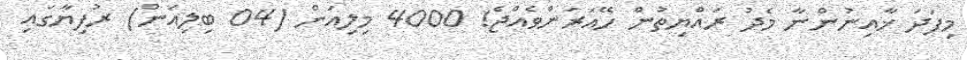
މިފަދަ ޚާއިނުންނާ މެދު ރައްޔިތުން ހޭއަރަންވެއްޖެ! 4000 މިލިއަން (04 ބިލިއަން) ރުފިޔާގައި